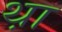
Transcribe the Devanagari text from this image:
थ़ा